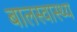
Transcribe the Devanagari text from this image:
बालस्वास्थ्य